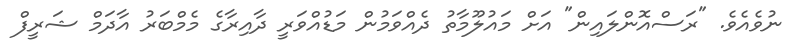
ނުވެއެވެ. "ރަސްއޮންލައިން" އަށް މައުލޫމާތު ދެއްވަމުން މަޑުއްވަރީ ދާއިރާގެ މެމްބަރު އާދަމް ޝަރީފް